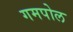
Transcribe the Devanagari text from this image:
गमपोल